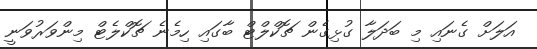
އަލަށް ގެނައި މި ބަދަލާ ގުޅިގެން ޗޮކްލްޓް ބާގައި ހިމެނެ ޗޮކްލެޓް މިންވަރުވަނީ